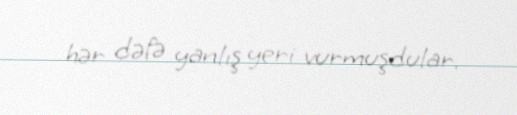
hər dəfə yanlış yeri vurmuşdular.